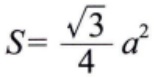
\(S = \frac{\sqrt{3}}{4} a^{2}\)